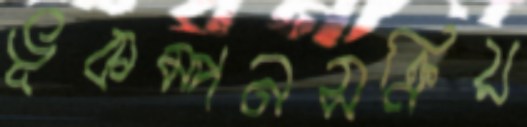
ভূকম্পনসক্রিয়